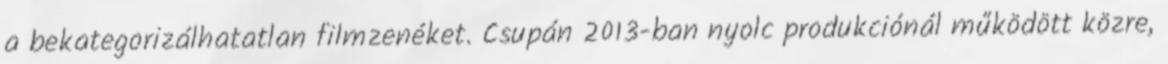
a bekategorizálhatatlan filmzenéket. Csupán 2013-ban nyolc produkciónál működött közre,